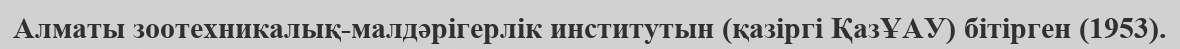
Алматы зоотехникалық-малдәрігерлік инcтитутын (қазіргі ҚазҰАУ) бітірген (1953).